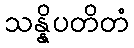
သန္နိပတိတံ